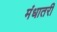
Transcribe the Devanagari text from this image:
मंधातरी